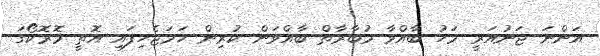
އަންނަ ޖަނުއަރީ މަހު ބާއްވާ މުބާރާތް ބާއްވަން ކުރިން ހަމަޖެހިފައި އޮތީ މޮރޮކޯގަ